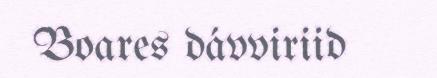
Boares dávviriid